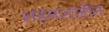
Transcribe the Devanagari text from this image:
शहनशाहीत